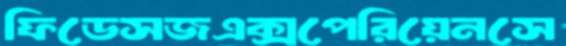
ফিডেসজএক্সপেরিয়েনসে